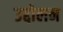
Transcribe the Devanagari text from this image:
उद्दोलन